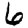
Digit: 6